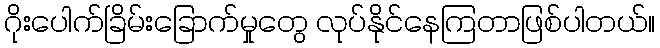
ဂိုးပေါက်ခြိမ်းခြောက်မှုတွေ လုပ်နိုင်နေကြတာဖြစ်ပါတယ်။